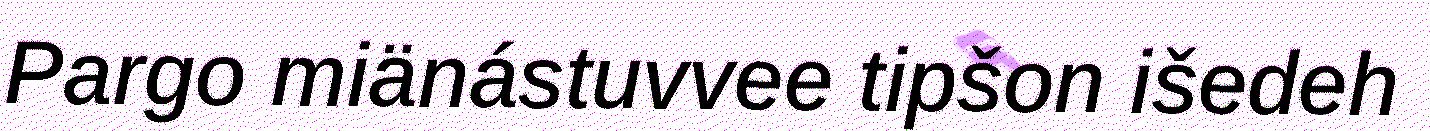
Pargo miänástuvvee tipšon išedeh